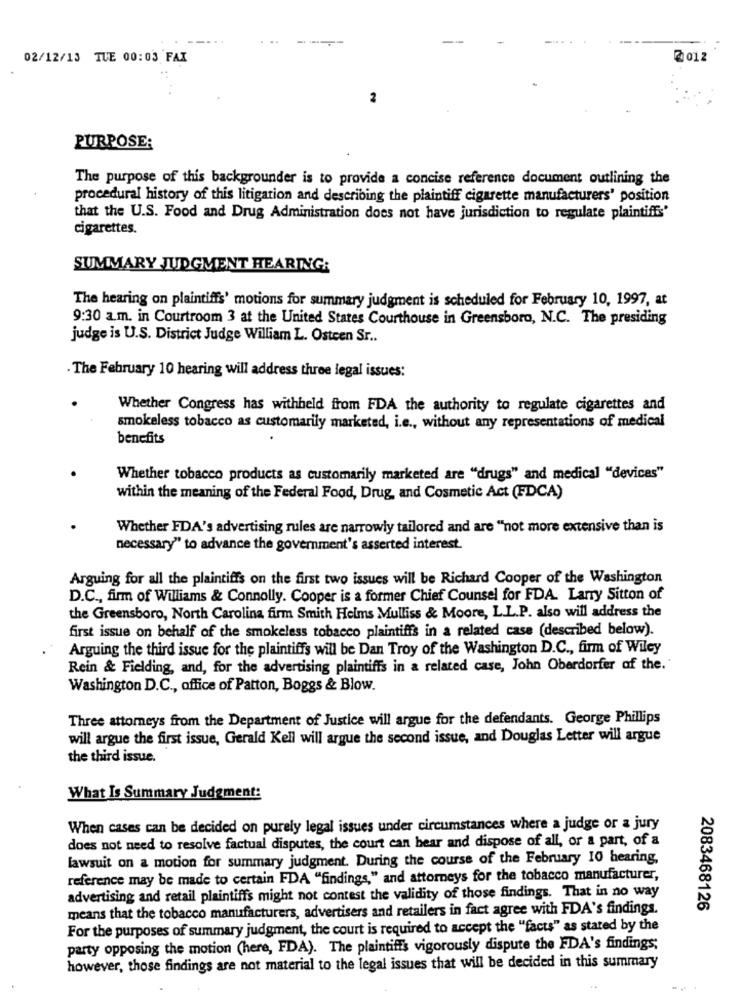
02/12/13 TUE 00:03 FAX
2 012
PURPOSE:
The purpose of this backgrounder is to provide a concise reference document outlining the
procedural history of this litigation and describing the plaintiff cigarette manufacturers' position
that the U.S. Food and Drug Administration does not have jurisdiction to regulate plaintiffs'
cigarettes.
SUMMARY JUDGMENT HEARING:
The hearing on plaintiffs' motions for summary judgment is scheduled for February 10, 1997, at
9:30 a.m. in Courtroom 3 at the United States Courthouse in Greensboro, N.C. The presiding
judge is U.S. District Judge William L. Osteen Sr ..
.The February 10 hearing will address three legal issues:
Whether Congress has withheld from FDA the authority to regulate cigarettes and
smokeless tobacco as customarily marketed, i.e ., without any representations of medical
benefits
Whether tobacco products as customarily marketed are "drugs" and medical "devices"
within the meaning of the Federal Food, Drug, and Cosmetic Act (FDCA)
Whether FDA's advertising rules are narrowly tailored and are ""not more extensive than is
necessary" to advance the government's asserted interest.
Arguing for all the plaintiffs on the first two issues will be Richard Cooper of the Washington
D.C ., firm of Williams & Connolly. Cooper is a former Chief Counsel for FDA. Larry Sitton of
the Greensboro, North Carolina firm Smith Helms Mulliss & Moore, L.L.P. also will address the
first issue on behalf of the smokeless tobacco plaintiffs in a related case (described below).
Arguing the third issue for the plaintiffs will be Dan Troy of the Washington D.C ., firm of Wiley
Rein & Fielding, and, for the advertising plaintiffs in a related case, John Oberdorfer of the.
Washington D.C ., office of Patton, Boggs & Blow.
Three attorneys from the Department of Justice will argue for the defendants. George Phillips
will argue the first issue, Gerald Kell will argue the second issue, and Douglas Letter will argue
the third issue.
What Is Summary Judgment:
When cases can be decided on purely legal issues under circumstances where a judge or a jury
does not need to resolve factual disputes, the court can hear and dispose of all, or a part, of a
lawsuit on a motion for summary judgment. During the course of the February 10 hearing,
reference may be made to certain FDA "findings," and attorneys for the tobacco manufacturer,
advertising and retail plaintiffs might not contest the validity of those findings. That in no way
means that the tobacco manufacturers, advertisers and retailers in fact agree with FDA's findings.
2083468126
For the purposes of summary judgment, the court is required to accept the "facts" as stated by the
party opposing the motion (here, FDA). The plaintiffs vigorously dispute the FDA's findings;
however, those findings are not material to the legal issues that will be decided in this summary